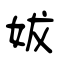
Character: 妭